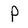
Character: P